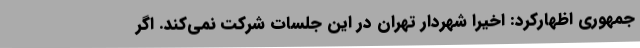
جمهوری اظهارکرد: اخیراً شهردار تهران در این جلسات شرکت نمی‌کند. اگر